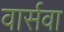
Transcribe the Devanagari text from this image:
वार्सवा